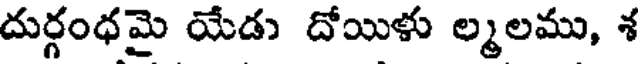
దుర్గంధమై యేడు దోయిళు ల్మలము, శ